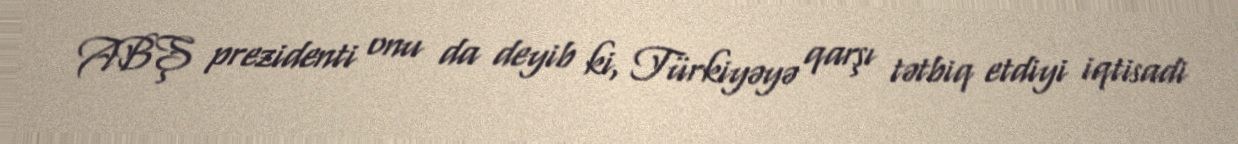
ABŞ prezidenti onu da deyib ki, Türkiyəyə qarşı tətbiq etdiyi iqtisadi